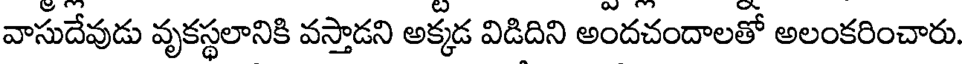
వాసుదేవుడు వృకస్థలానికి వస్తాడని అక్కడ విడిదిని అందచందాలతో అలంకరించారు.